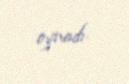
oynadı.